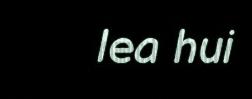
lea hui